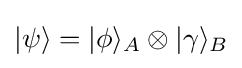
|\psi \rangle =|\phi \rangle _{A}\otimes |\gamma \rangle _{B}